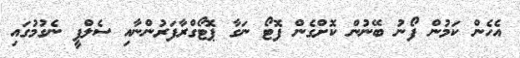
އެހެން ކަމުން ފޯނު ބޭނުން ކޮށްގެން ފޮޓޯ ނަގާ ޕޮޓޯގްރާފަރުންނާއި ސެލްފީ ނެގުމުގައި